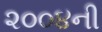
૨૦૦૪ની